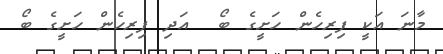
މާނަ އަކީ ފިރިހެން ހަށީގެ ބޯ  އަދި ފިރިހެން ހަށީގެ ބޯ